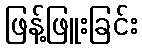
ဖြန့်ဖြူးခြင်း